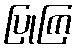
ပြုကြ